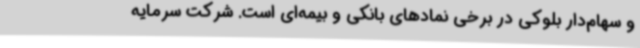
و سهام‌دار بلوکی در برخی نمادهای بانکی و بیمه‌ای است. شرکت سرمایه